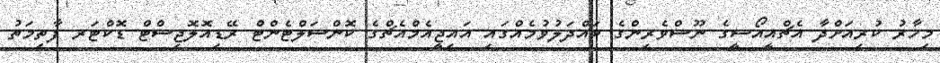
މިހާރު ކުރިއަށްދާ އެޗްއީއޯސީގެ ނޫސްވެރިންގެ ބައްދަލުވުމެއްގައި އައިޖީއެމްއެޗްގެ ކޮންސަލްޓެންޓް ރޭޑިއޮލޮޖިސްޓް ޑޮކްޓަރ ފާތިމަތު